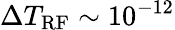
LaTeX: \Delta T_{\mathrm{RF}}\sim 10^{-12}